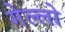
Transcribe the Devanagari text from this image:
गेल्‍लो